King Institute of Preventive Medicine Micro-Biological Section reports 1909-11
Year: 1909
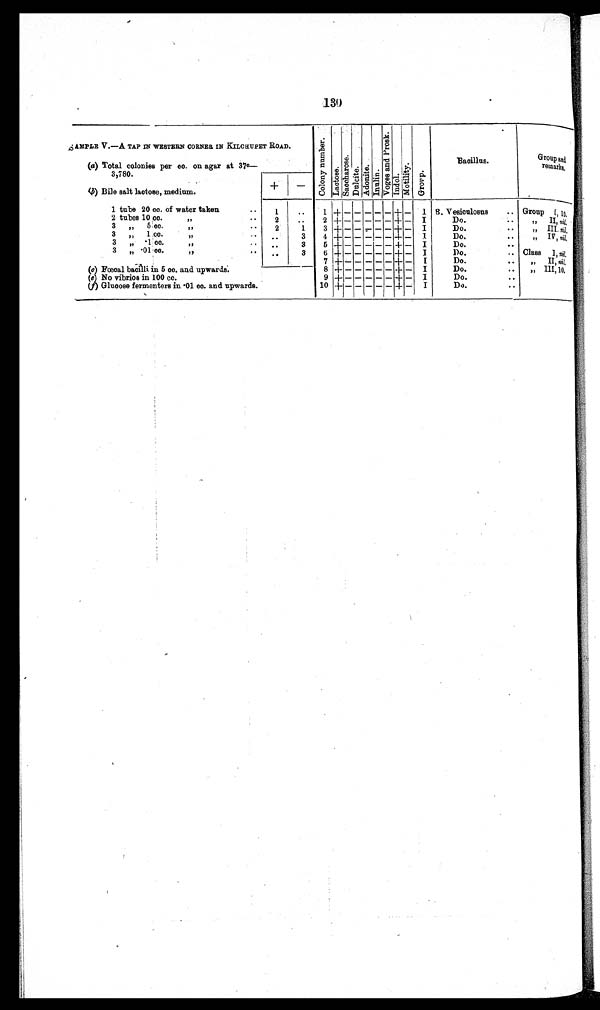
130
sAMPLE V.—A TAP IN WESTERN CORNER IN KILCHUPER ROAD .
C o l o n y n u m b e r . L a c t o s S a c c h a r o s e . D u l c i t e . A d o n i t e . I n u l i n . V o g e s a n d P r o s k . I n d o l . M o t i l i t y . G r o u p .
Bacillus.
Group and
r e m a r k s
(a) Total colonies per cc. on agar at 370 —
3,780.
-
(b) Bile salt laetose, medium.
1 tube 20 cc. of water taken
. .
1
..
1
+ - - - - - + – I B. Vesiculosus . . Group
--I, 1 0 .
2 tubes 10 cc.
"
. .
2
..
2 + - - - - - + — I
Do.
..
" II, nil,
3 „ 5 cc.
"
. .
2
1
3 + - - - - - + — I
Do.
..
„
I I I . nil.
3 „ 1 cc.
"
. .
..
3 4 + - - - -
+ - I
Do.
. .
" Iv, nil,
3 „ . 1 cc.
"
..
. .
3 5 + - - - - - + - I
Do.
. .
3 „ . 0 1 cc.
"
. .
..
3
6 + - - - - - + - I
Do.
.. Class I, nil.
7 + - - - - - + - I
Do.
..
" II, nil,
(c) Fœcal bacilli in 5 cc. and upwards.
8 + - - - - - + 4 + - I
Do.
.. „ 1III, 1 0 .
(e) No vibrios in 100 cc.
9 + - - - - - + - I
Do.
. .
(f) Glucose fermenters in .01 cc. and upwards.
10 + - - - - - + - I
Do.
.